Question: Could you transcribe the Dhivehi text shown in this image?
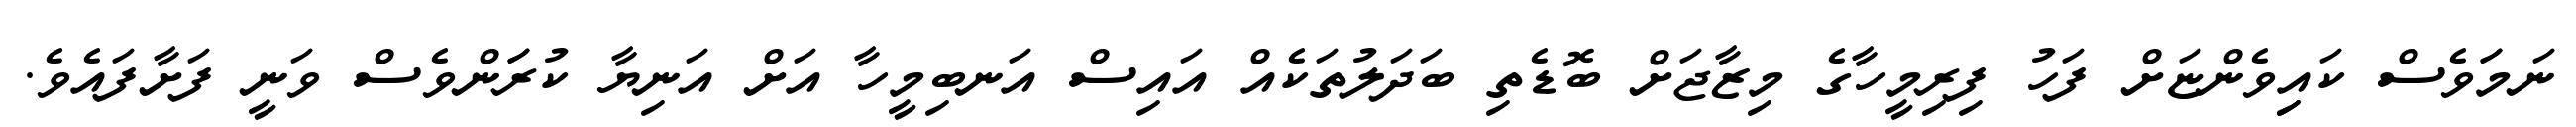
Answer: ނަމަަވެސް ކައިިވެންޏަށް ފަހު ފިރިމީހާގެ މިޒާޖަށް ބޮޑެތި ބަދަލުތަކެއް އައިސް އަނބިމީހާ އަށް އަނިޔާ ކުރަަންވެސް ވަނީ ފަށާފައެވެ.